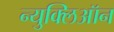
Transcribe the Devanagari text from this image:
न्युक्लिऑन